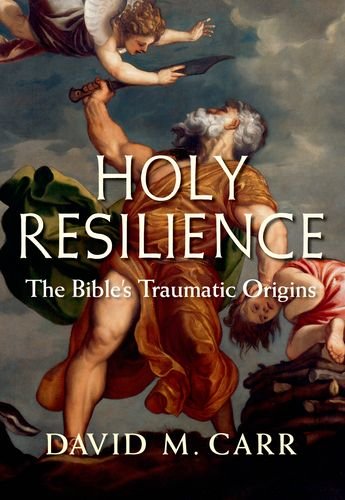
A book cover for Holy Resilience: The Bible's Traumatic Origins; David M. Carr; Christian Books & Bibles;